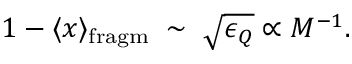
1 - \langle x \rangle _ { \mathrm { f r a g m } } \; \sim \; \sqrt { \epsilon _ { Q } } \propto M ^ { - 1 } .